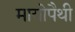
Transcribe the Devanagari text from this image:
मायोपैथी